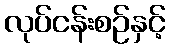
လုပ်ငန်းစဉ်နှင့်